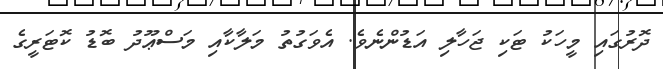
ދޮރުގައި މީހަކު ޓަކި ޖަހާލި އަޑުންނެވެ. އެވަގުތު މަލާކާއި މަސްޢޫދު ބޮޑު ކޮޓަރީގެ